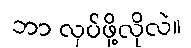
ဘာ လုပ်ဖို့လိုလဲ။